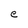
Character: e